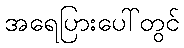
အရေပြားပေါ်တွင်